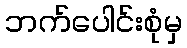
ဘက်ပေါင်းစုံမှ